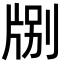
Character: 𪺤